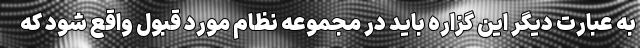
به عبارت دیگر این گزاره باید در مجموعه نظام مورد قبول واقع شود که